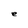
Character: e